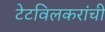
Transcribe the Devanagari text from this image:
टेटविलकरांची